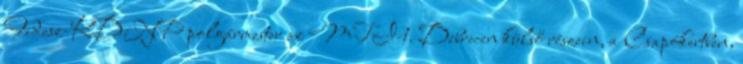
Fidesz-KDNP polgármester az MTI-t. Debrecen külső részein, a Csapókertben,